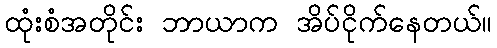
ထုံးစံအတိုင်း ဘာယာက အိပ်ငိုက်နေတယ်။